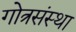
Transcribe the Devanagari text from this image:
गोत्रसंस्था